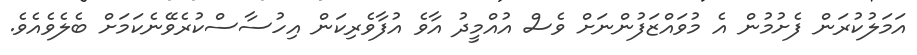
އަމަލުކުރަން ފެށުމުން އެ މުވައްޒަފުންނަށް ވެސް އުއްމީދު އާވެ އުފާވެރިކަން އިހުސާސްކުރެވޭނެކަމަށް ބެލެވެއެވެ.